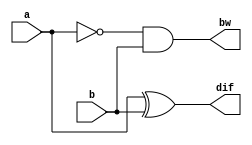
`timescale 1ns / 1ps
module half_sub(input a,b,output dif,bw);
wire c0,c1;
not not_2(c1,a);

xor xor_1(dif,a,b);
assign bw=c1 & b;
endmodule